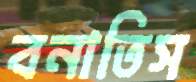
বনাতিস